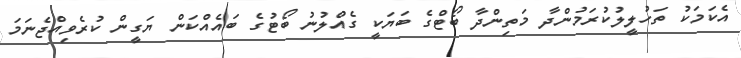
އެކަމަކު ތަހުލީލުކުރަމުންދާ މަތިންދާ ބޯޓްގެ ބަޔަކީ ގެއްލުނު ބޯޓުގެ ބައެއްކަން ޔަގީން ކުރެވިއްޖެނަމަ